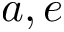
a , e